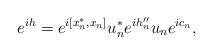
LaTeX: \begin{align*}e^{ih}=e^{i[x_n^*,x_n]}u_n^*e^{ih_n''}u_ne^{ic_n},\end{align*}